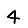
Digit: 4